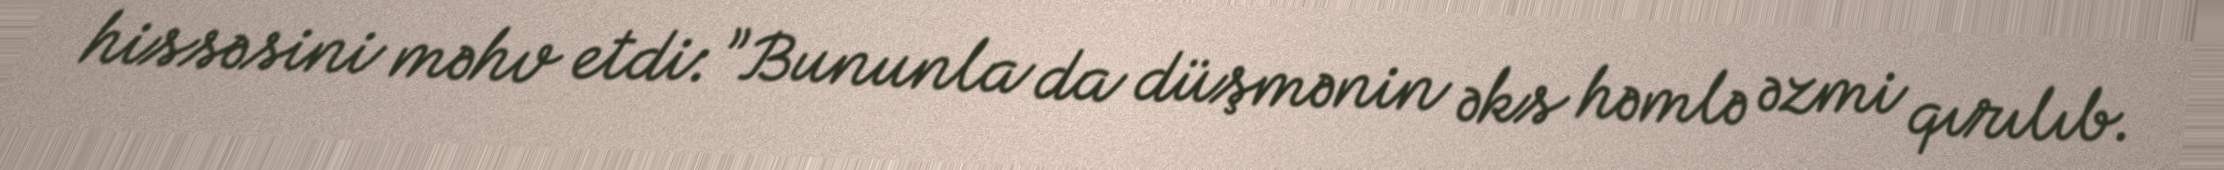
hissəsini məhv etdi: ”Bununla da düşmənin əks həmlə əzmi qırılıb.